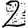
Digit: 2